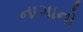
નાગાનો